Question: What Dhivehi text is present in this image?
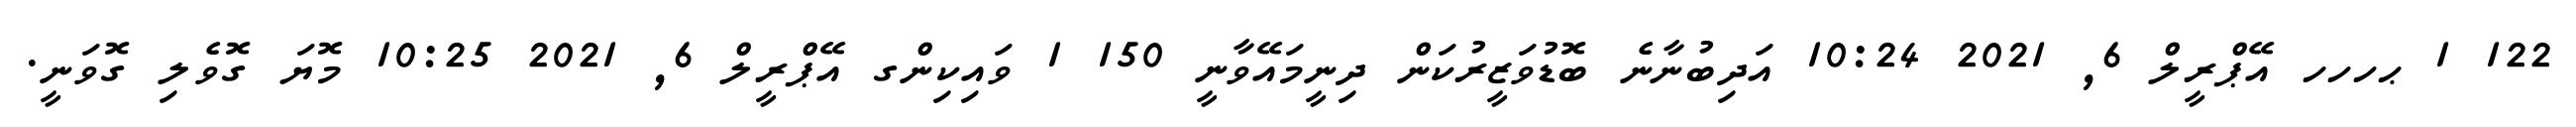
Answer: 122 1 ޙހހހ އޭޕްރީލް 6, 2021 10:24 އަދިބުނާނެ ބޮޑުވަޒީރުކަން ދިނީމައޭވާނީ 150 1 ވައިކިންގ އޭޕްރީލް 6, 2021 10:25 މޮޔަ ގޮވެލި ގޮވަނީ.